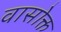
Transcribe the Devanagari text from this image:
वासोक्त